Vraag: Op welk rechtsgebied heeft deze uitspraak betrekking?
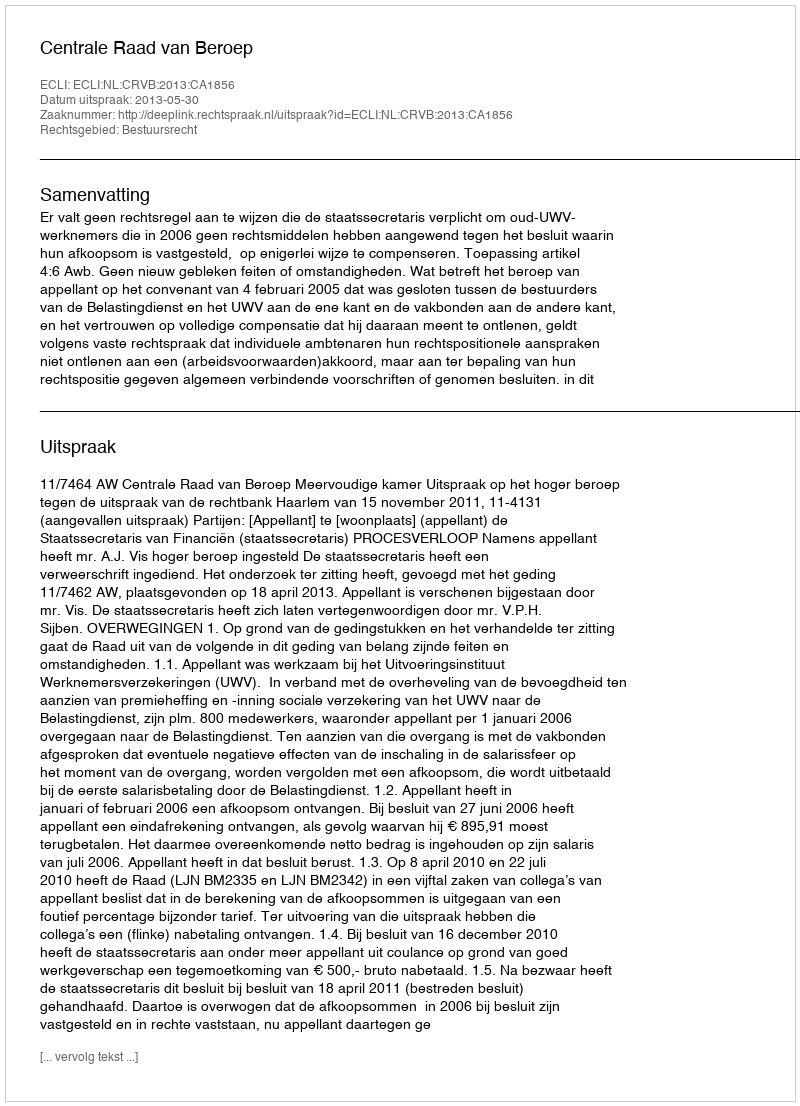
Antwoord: Bestuursrecht